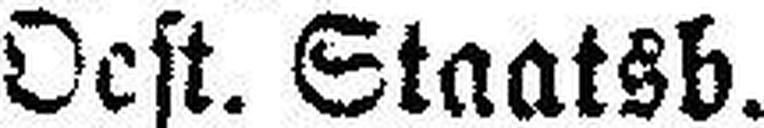
Oest. Staatsb.